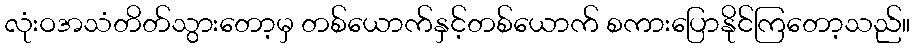
လုံးဝအသံတိတ်သွားတော့မှ တစ်ယောက်နှင့်တစ်ယောက် စကားပြောနိုင်ကြတော့သည်။